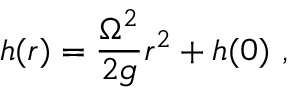
h ( r ) = { \frac { \Omega ^ { 2 } } { 2 g } } r ^ { 2 } + h ( 0 ) \ ,